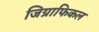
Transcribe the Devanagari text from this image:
जिग्राफिकल